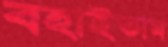
বহাইতাম